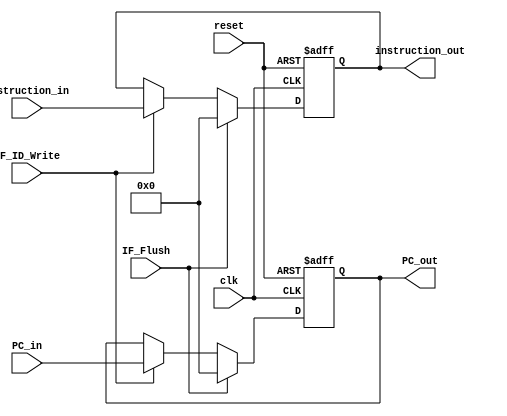
module IF_ID (PC_in, PC_out,instruction_in, instruction_out, IF_ID_Write, IF_Flush, clk, reset);
	// 1. data content
	input [31:0] PC_in, instruction_in;
	output [31:0] PC_out, instruction_out;
	// 2. hazard control
	// IF_ID_Write: sync; if (IF_ID_Write==1'b0), do not update content at this rising edge
	// IF_Flush: sync; if (IF_Flush==1), clear ALL content, NOT ONLY control signals
	input IF_ID_Write, IF_Flush;
	// 3. general contorl
	// reset: async; set all register content to 0
	input clk, reset;
	reg [31:0] PC_out,instruction_out;

	always @(posedge clk or posedge reset)
	begin
		if (reset==1'b1)
		begin
			PC_out <= 32'b0;
			instruction_out <= 32'b0;
		end
		else if (IF_Flush==1'b1)
		begin
			PC_out <= 32'b0;
			instruction_out <= 32'b0;
		end
		else if (IF_ID_Write==1'b1)//from hazard detect unit
		begin
			PC_out <= PC_in;
			instruction_out <= instruction_in;
		end
	end




	
endmodule